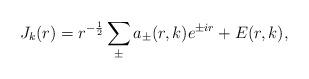
LaTeX: \begin{align*} J_k(r)=r^{-\frac12}\sum_{\pm}a_\pm(r,k) e^{\pm ir}+E(r,k),\end{align*}